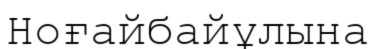
Ноғайбайұлына